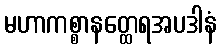
မဟာကစ္စာနတ္ထေရအပဒါနံ